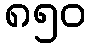
၈၅၀